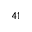
^ { 4 1 }